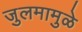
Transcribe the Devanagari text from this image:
जुलमामुळे